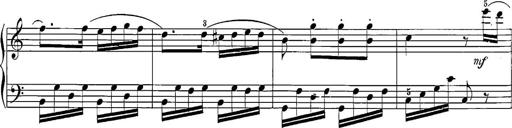
Title: 12 Sonatine per Pianoforte
Composer: Friedrich Kuhlau